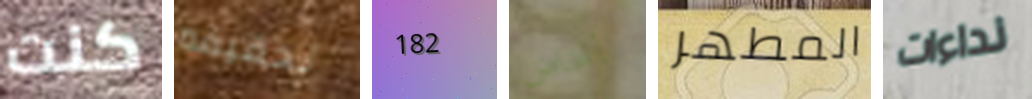
كنت تحقيقه 182 بأشخاص المطهر نداءات